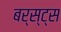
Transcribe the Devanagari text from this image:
बर्स्ट्‌स